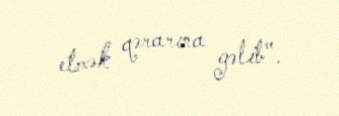
etmək qərarına gəlib".